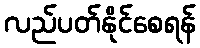
လည်ပတ်နိုင်စေရန်